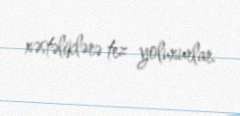
xəstəliklərə tez yoluxurlar.